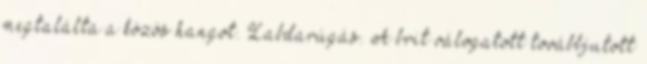
megtalálta a közös hangot. Labdarúgás. A brit válogatott továbbjutott